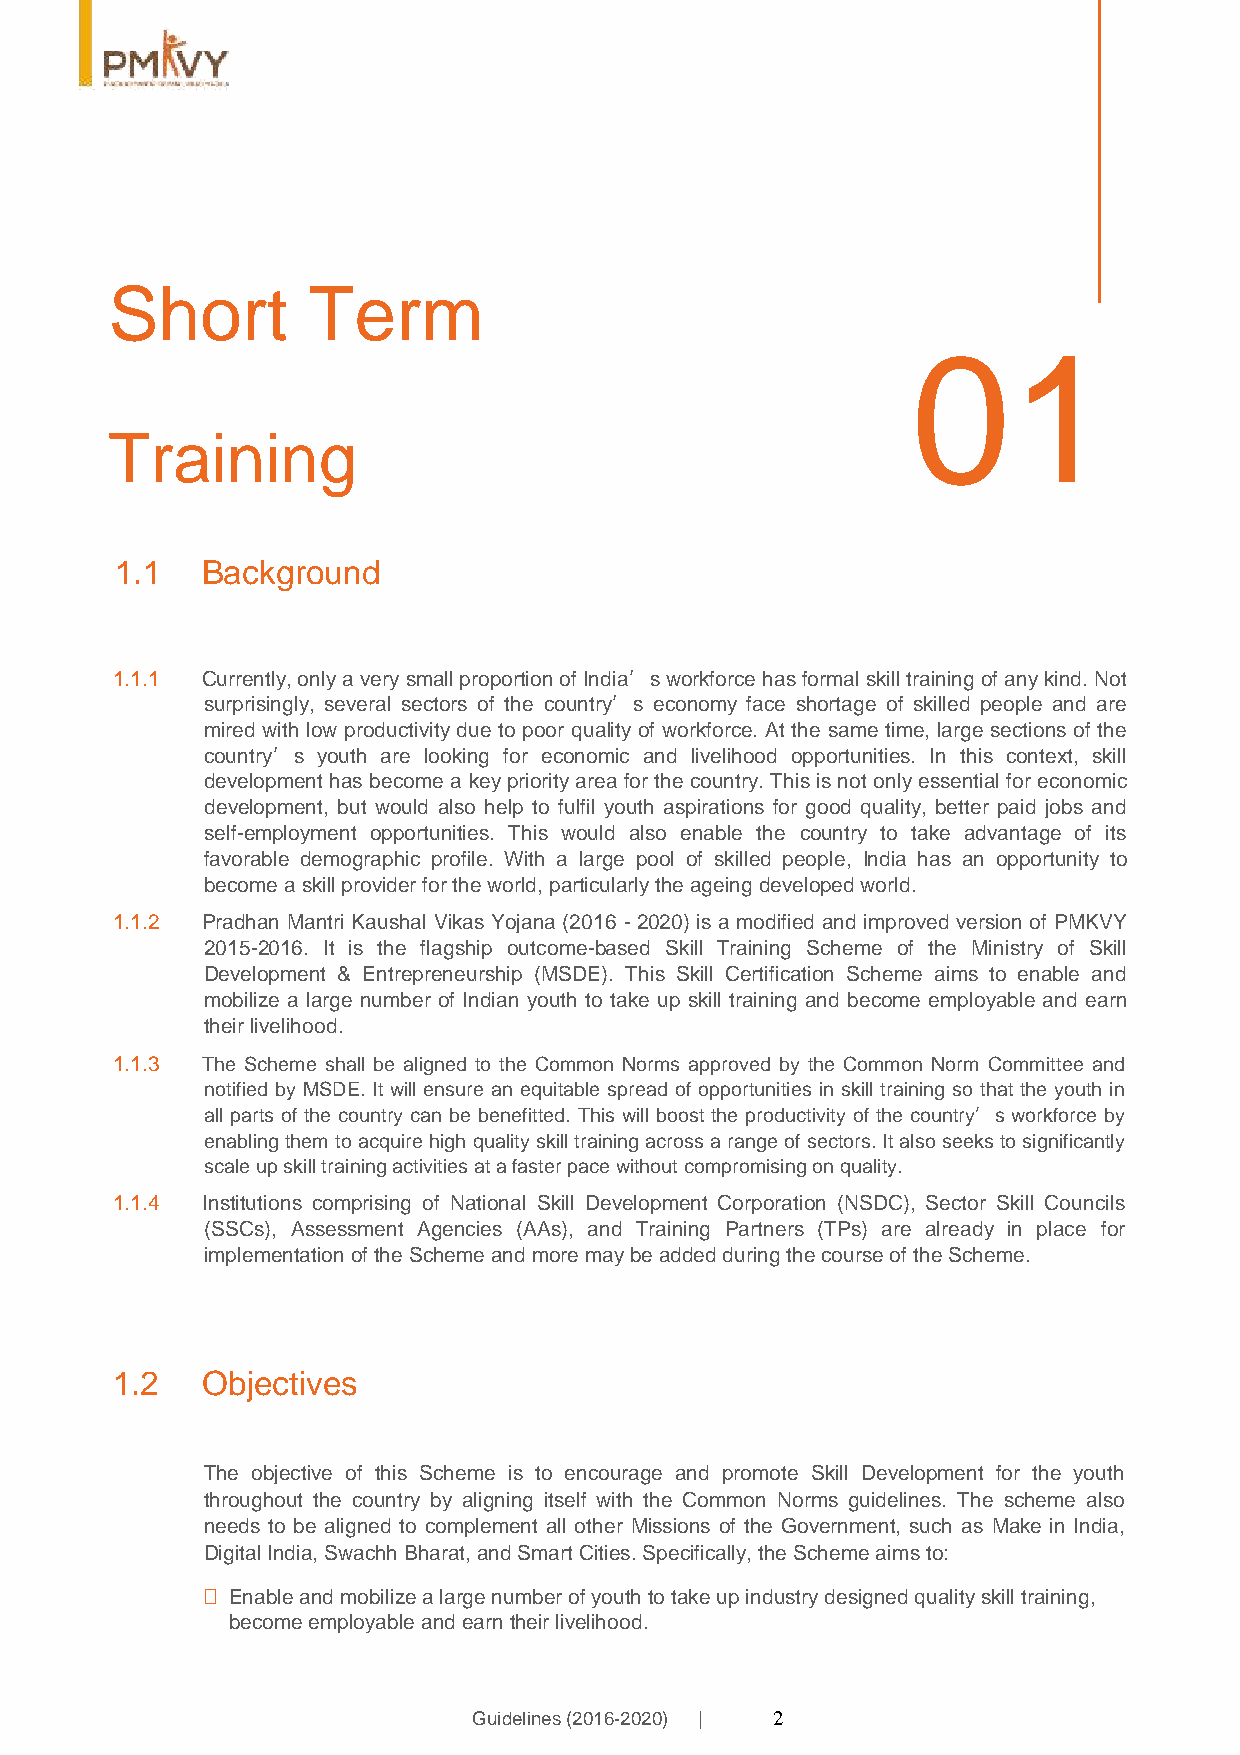
Short        Term
 01
 Training
 1.1  Background
 1.1.1 Currently, only a very small proportion of India’s workforce has formal skill training of any kind. Not
 surprisingly, several sectors of the country’s economy face shortage of skilled people and are
 mired with low productivity due to poor quality of workforce. At the same time, large sections of the
 country’s youth are looking for economic and livelihood opportunities. In this context, skill
 development has become a key priority area for the country. This is not only essential for economic
 development, but would also help to fulfil youth aspirations for good quality, better paid jobs and
 self-employment opportunities. This would also enable the country to take advantage of its
 favorable demographic profile. With a large pool of skilled people, India has an opportunity to
 become a skill provider for the world, particularly the ageing developed world.
 1.1.2 Pradhan Mantri Kaushal Vikas Yojana (2016 - 2020) is a modified and improved version of PMKVY
 2015-2016. It is the flagship outcome-based Skill Training Scheme of the Ministry of Skill
 Development & Entrepreneurship (MSDE). This Skill Certification Scheme aims to enable and
 mobilize a large number of Indian youth to take up skill training and become employable and earn
 their livelihood.
 1.1.3 The Scheme shall be aligned to the Common Norms approved by the Common Norm Committee and
 notified by MSDE. It will ensure an equitable spread of opportunities in skill training so that the youth in
 all parts of the country can be benefitted. This will boost the productivity of the country’s workforce by
 enabling them to acquire high quality skill training across a range of sectors. It also seeks to significantly
 scale up skill training activities at a faster pace without compromising on quality.
 1.1.4 Institutions comprising of National Skill Development Corporation (NSDC), Sector Skill Councils
 (SSCs), Assessment Agencies (AAs), and Training Partners (TPs) are already in place for
 implementation of the Scheme and more may be added during the course of the Scheme.
 1.2   Objectives
 The objective of this Scheme is to encourage and promote Skill Development for the youth
 throughout the country by aligning itself with the Common Norms guidelines. The scheme also
 needs to be aligned to complement all other Missions of the Government, such as Make in India,
 Digital India, Swachh Bharat, and Smart Cities. Specifically, the Scheme aims to:
  Enable and mobilize a large number of youth to take up industry designed quality skill training,
 become employable and earn their livelihood.
 Guidelines (2016-2020) | 2